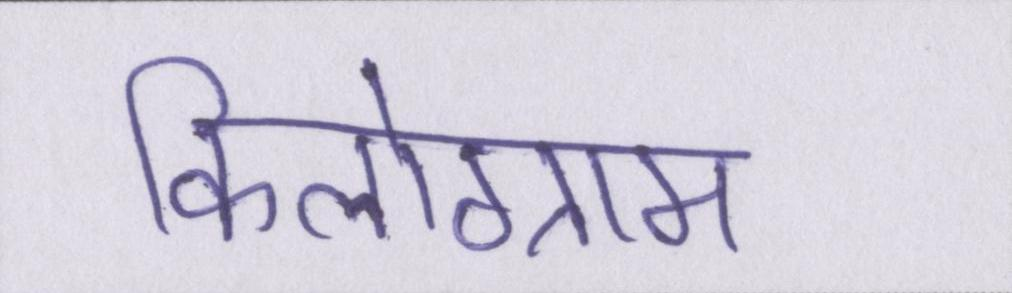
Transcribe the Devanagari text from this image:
किलोग्राम